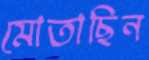
মোতাছিন